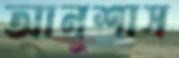
আনুশাস